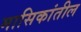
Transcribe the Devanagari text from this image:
मासिकांतील